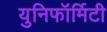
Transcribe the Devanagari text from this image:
युनिफॉर्मिटी